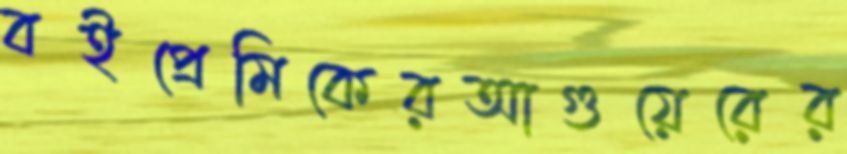
বইপ্রেমিকেরআগুয়েরের